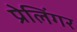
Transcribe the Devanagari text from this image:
प्रेलिंगर